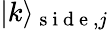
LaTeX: \vert k\rangle_{\mathrm{~s~i~d~e~},j}